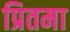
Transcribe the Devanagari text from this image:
प्रितमा